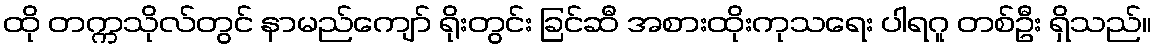
ထို တက္ကသိုလ်တွင် နာမည်ကျော် ရိုးတွင်း ခြင်ဆီ အစားထိုးကုသရေး ပါရဂူ တစ်ဦး ရှိသည်။